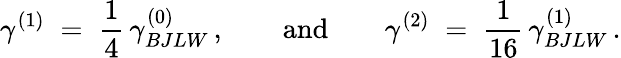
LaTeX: \gamma^{(1)}\; =\; \frac{1}{4}\, \gamma_{BJLW}^{(0)}\, ,\qquad\mathrm{and}\qquad\gamma^{(2)}\; =\; \frac{1}{16}\, \gamma_{BJLW}^{(1)}\, .